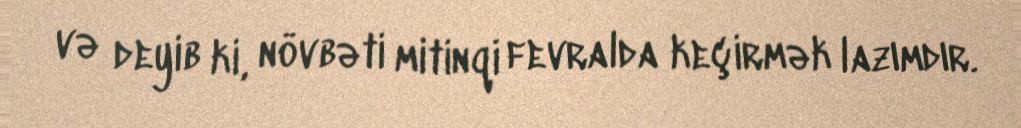
və deyib ki, növbəti mitinqi fevralda keçirmək lazımdır.